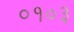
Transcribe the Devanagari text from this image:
०१०३